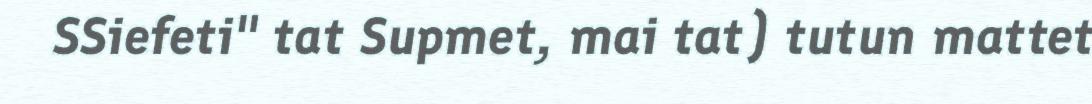
SSiefeti" tat Supmet, mai tat) tutun mattet